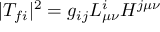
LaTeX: | T _ { f i } | ^ { 2 } = g _ { i j } L _ { \mu \nu } ^ { i } H ^ { j \mu \nu }